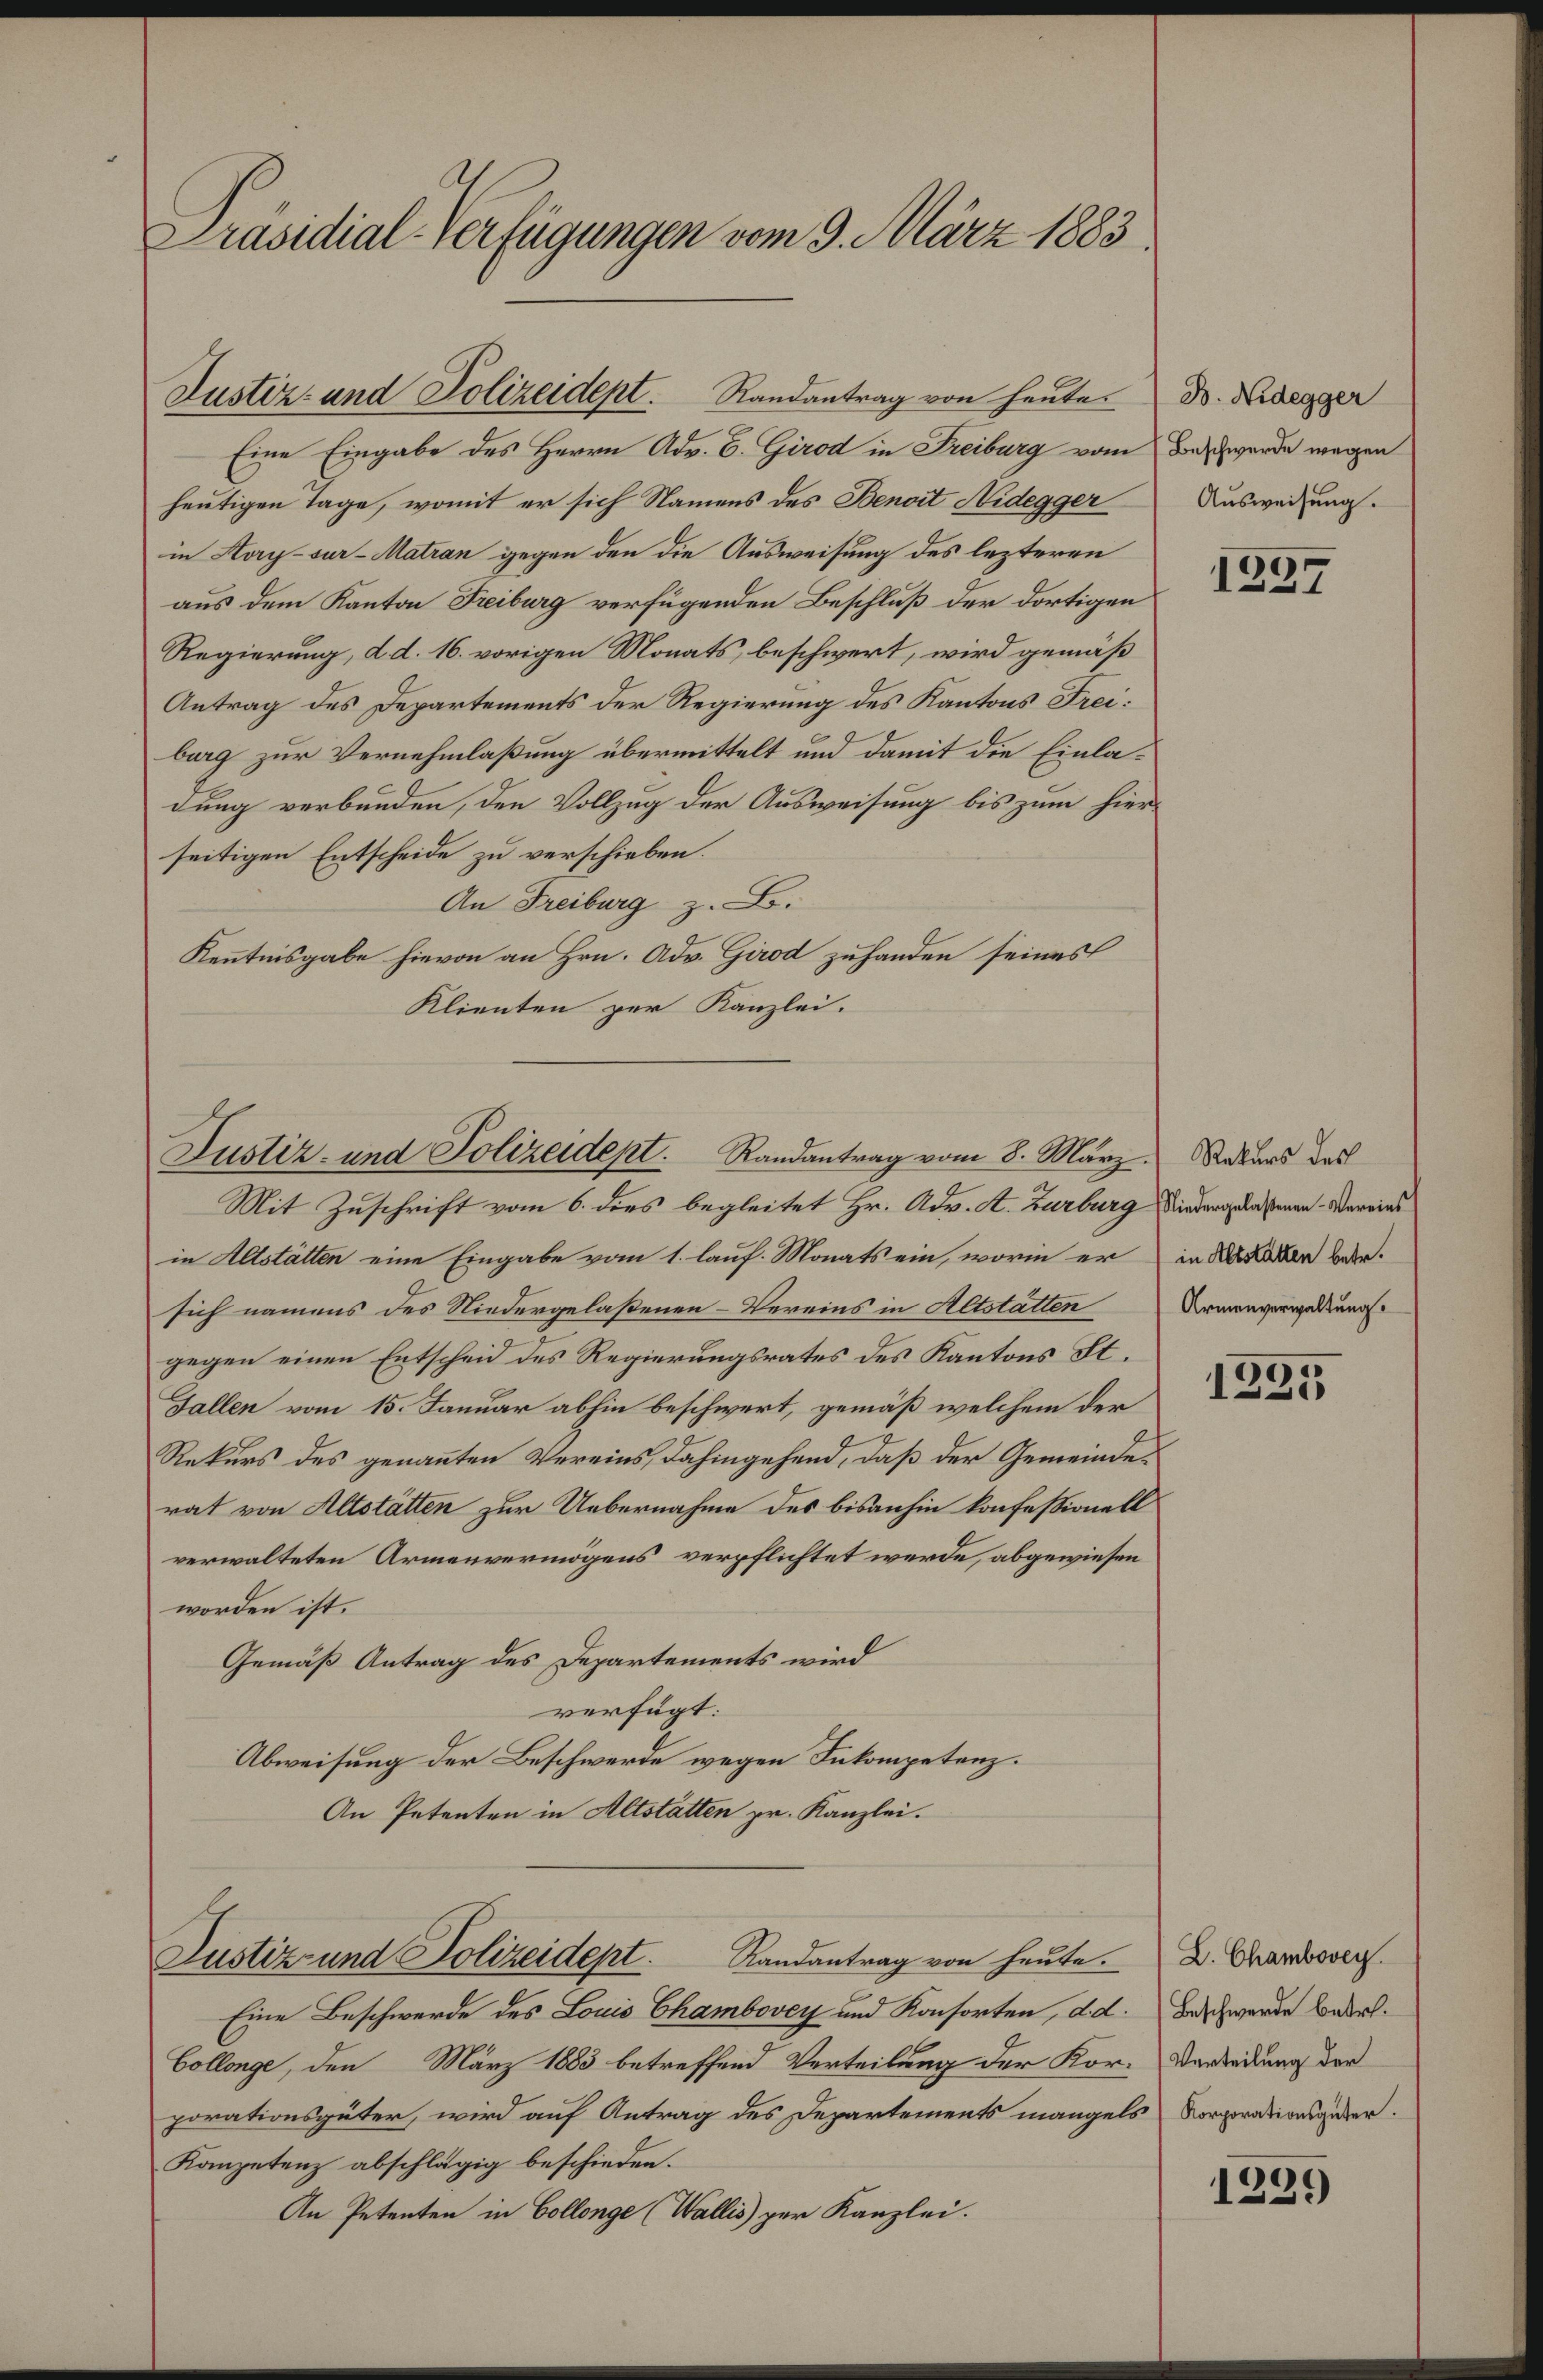
Präsidial-Verfügungen vom 9. März 1883.

Justiz- und Polizeidept. Randantrag von heute

Eine Eingabe des Herrn Adv. 6. Girod in Freiburg vom Beschwerde wegen
heutigen Tage, womit er sich Namens des Benoit Nidegger
in Kory-sur-Matran gegen den die Ausweisung des lezteren
aus dem Kanton Freiburg verfügenden Beschluß der dortigen
Regierung, d. d. 16. vorigen Monats, beschwert, wird gemäß
Antrag des Departements der Regierung des Kantons Freiburg zur Vernehmlaßung übermittelt und damit die Einladung verbunden, den Vollzug der Ausweisung bis zum hierseitigen Entscheide zu verschieben.
An Freiburg z. B.
Kenntnisgabe hievon an Hrn. Adv. Girod zuhanden seines
Klienten per Kanzlei.

Justiz- und Polizeidept. Randantrag vom 8. März. Naturs des
Mit Zuschrift vom 6. dies begleitet Hr. Adv. A. Zurburg, Niedergelaßenen-Vereins

Justiz und Polizeidept. Randantrag von heute.

Eine Beschwerde des Louis Chambovey und Konsorten, d. d. Beschwerde bedel¬
Collenge, den März 1883 betreffend Verteilung der Kor-Verteilung der
porationsgüter, wird auf Antrag des Departements mangels Korporationsguber.
Kompetenz abschlägig beschieden.
An Petenten in Collenge (Wallis per Kanzlei.

in Altstätten eine Eingabe vom 1. lauf. Monats ein, worin er
sich namens des Niedergelaßenen Vereins in Altstatten
gegen einen Entscheid des Regierungsrates des Kantons St.
Fallen vom 15. Januar abhin beschwert, gemäß welchem der
Rekurs des genannten Vereins, dahingehend, daß der Gemeinderat von Altstätten zur Uebernahme des bisanhin konfessionell
verwalteten Armenvermögens verpflichtet werde, abgewiesen
worden ist.
Gemäß Antrag des Departements wird
verfügt:
Abweisung der Beschwerde wegen Inkompetenz.
An Petenten in Altstätten pr. Kanzlei.

B. Nidegger
Ausweisung.

1237

in Altstatten betr.
Armenverwaltung.

1235

D. Chambovey

1239